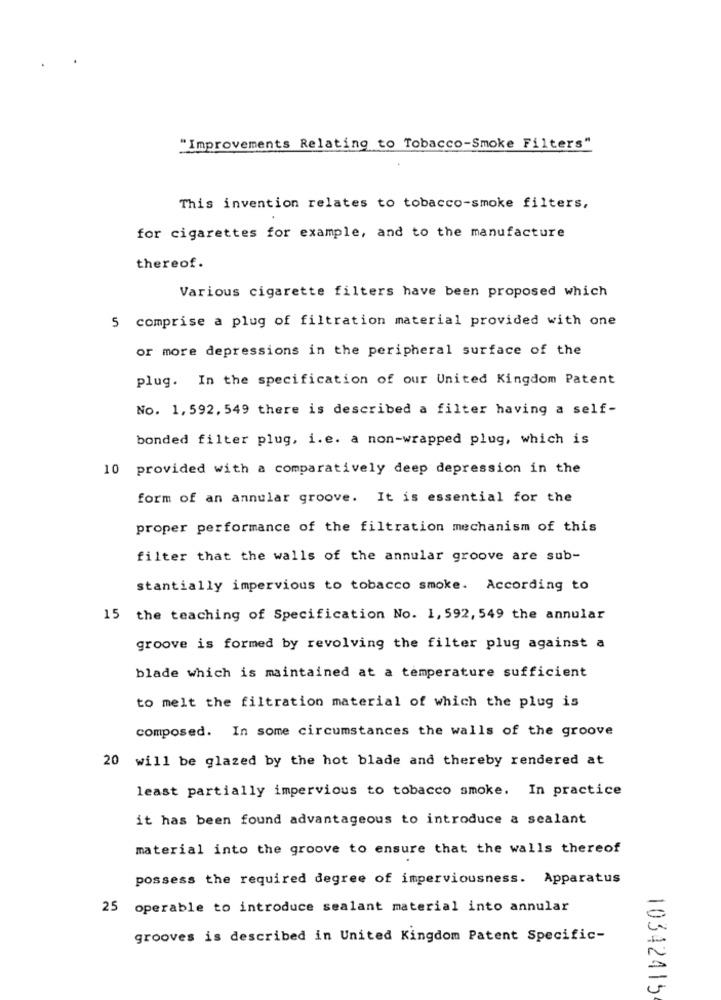
"Improvements Relating to Tobacco-Smoke Filters"
This invention relates to tobacco-smoke filters,
for cigarettes for example, and to the manufacture
thereof.
Various cigarette filters have been proposed which
5 comprise a plug of filtration material provided with one
or more depressions in the peripheral surface of the
plug. In the specification of our United Kingdom Patent
No. 1, 592, 549 there is described a filter having a self-
bonded filter plug, i.e. a non-wrapped plug, which is
10 provided with a comparatively deep depression in the
form of an annular groove. It is essential for the
proper performance of the filtration mechanism of this
filter that the walls of the annular groove are sub-
stantially impervious to tobacco smoke. According to
15 the teaching of Specification No. 1, 592, 549 the annular
groove is formed by revolving the filter plug against a
blade which is maintained at a temperature sufficient
to melt the filtration material of which the plug is
composed. In some circumstances the walls of the groove
20 will be glazed by the hot blade and thereby rendered at
least partially impervious to tobacco smoke. In practice
it has been found advantageous to introduce a sealant
material into the groove to ensure that the walls thereof
possess the required degree of imperviousness. Apparatus
25 operable to introduce sealant material into annular
grooves is described in United Kingdom Patent Specific-
10342415